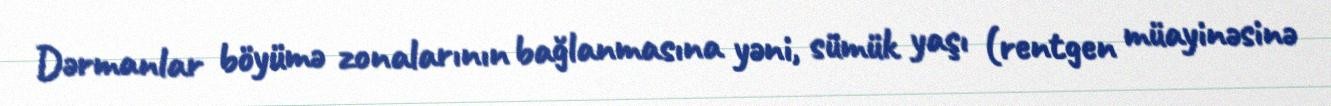
Dərmanlar böyümə zonalarının bağlanmasına yəni, sümük yaşı (rentgen müayinəsinə